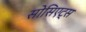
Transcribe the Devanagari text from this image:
सोसिएट्स